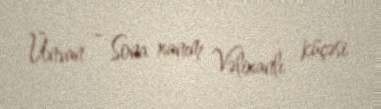
Ünvan - Sona xanım Vəlixanlı küçəsi